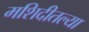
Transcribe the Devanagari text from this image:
मशिदीतल्या